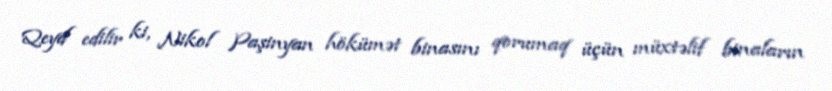
Qeyd edilir ki, Nikol Paşinyan hökümət binasını qorumaq üçün müxtəlif binaların